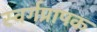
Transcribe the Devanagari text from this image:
स्वर्गप्रापक